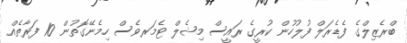
ބްރެޒިލްގެ ފެޑެރަލް ފުލުހުން ކުރީގެ ރައީސް މިޝެލް ޓެމަރވެސް ހިމެނޭގޮތުން 10 ފަރާތެއް